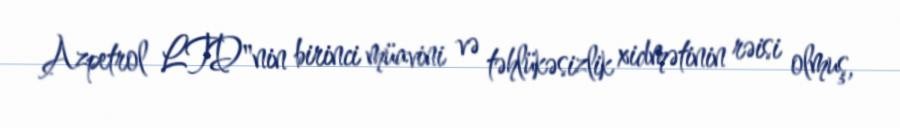
Azpetrol LTD"nin birinci müavini və təhlükəsizlik xidmətinin rəisi olmuş,